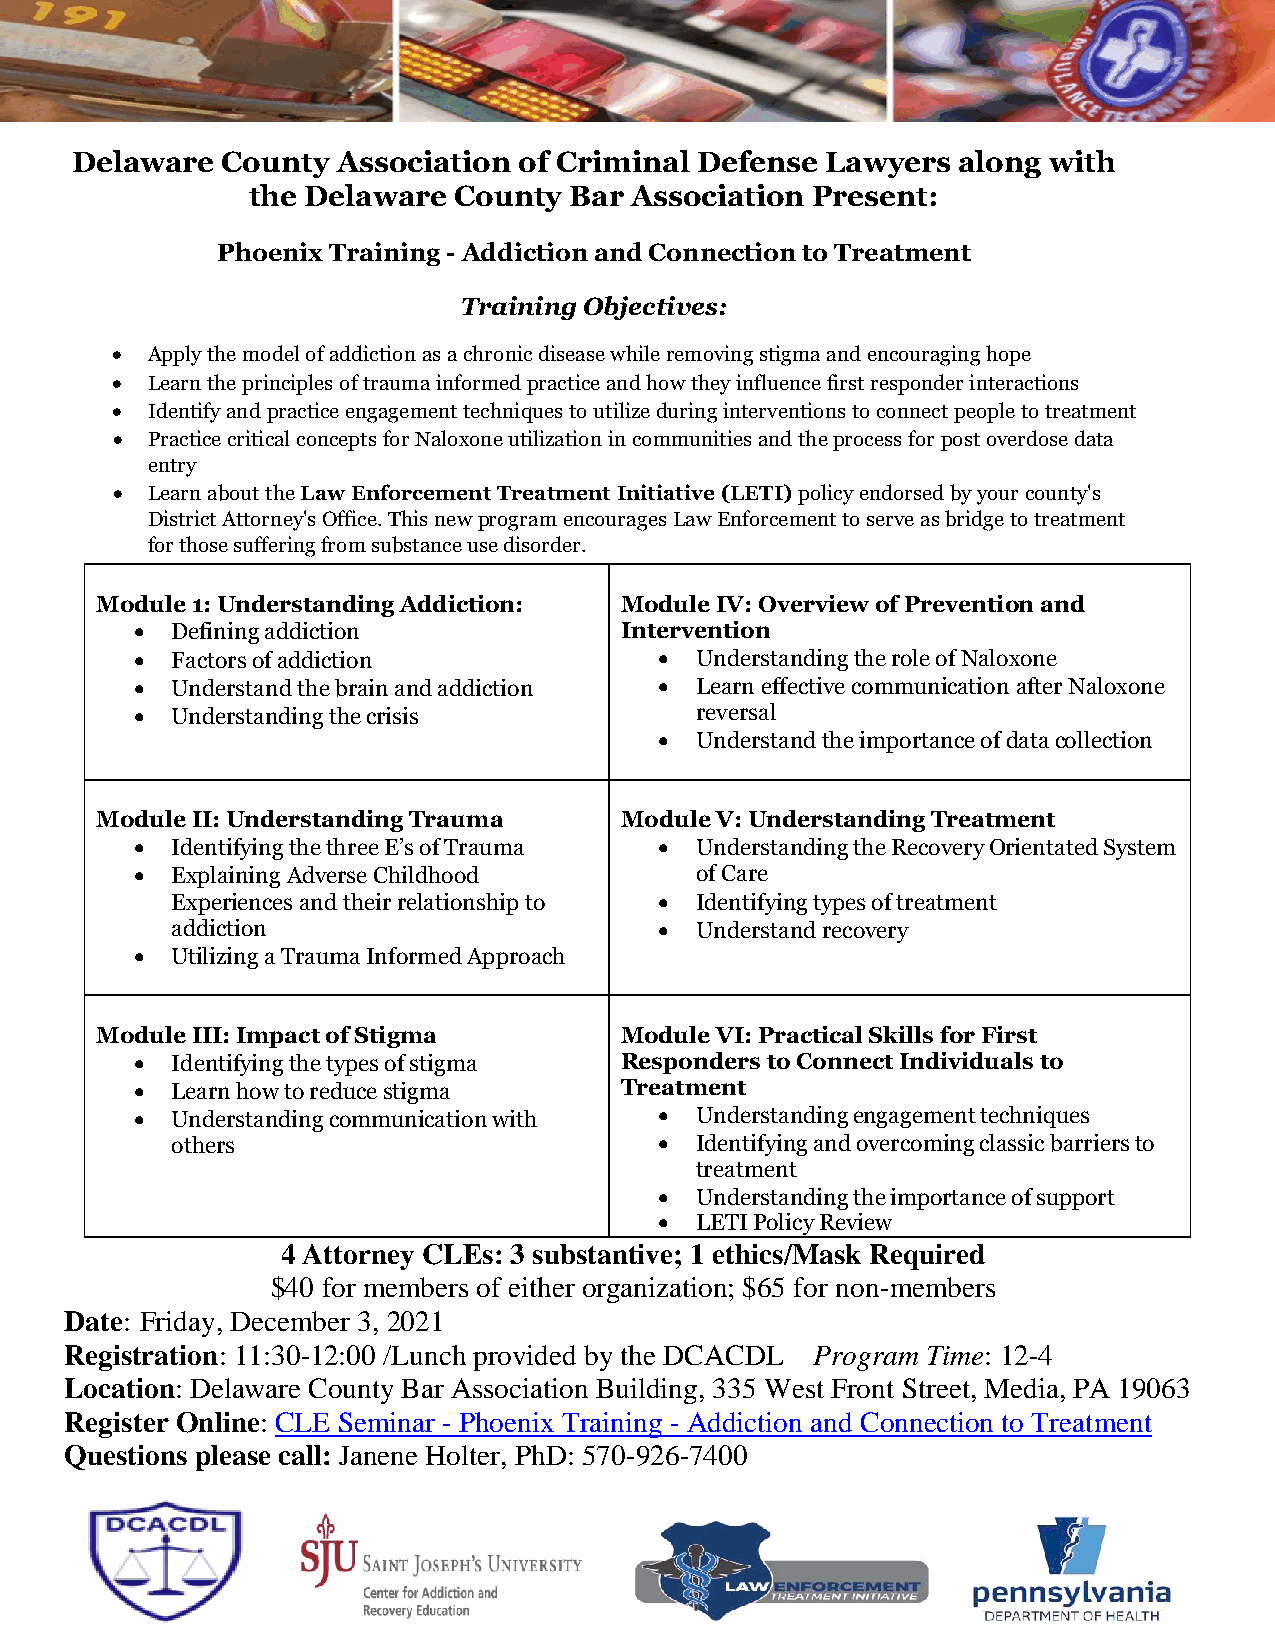
Delaware  County Association of Criminal Defense  Lawyers along with
 the Delaware  County  Bar Association Present:
 Phoenix Training - Addiction and Connection to Treatment
 Training Objectives:
   Apply the model of addiction as a chronic disease while removing stigma and encouraging hope
   Learn the principles of trauma informed practice and how they influence first responder interactions
   Identify and practice engagement techniques to utilize during interventions to connect people to treatment
   Practice critical concepts for Naloxone utilization in communities and the process for post overdose data
 entry
   Learn about the Law Enforcement Treatment Initiative (LETI) policy endorsed by your county's
 District Attorney's Office. This new program encourages Law Enforcement to serve as bridge to treatment
 for those suffering from substance use disorder.
 Module 1: Understanding Addiction: Module IV: Overview of Prevention and
  Defining addiction            Intervention
  Factors of addiction              Understanding the role of Naloxone
  Understand the brain and addiction  Learn effective communication after Naloxone
  Understanding the crisis           reversal
  Understand the importance of data collection
 Module II: Understanding Trauma    Module V: Understanding Treatment
  Identifying the three E’s of Trauma  Understanding the Recovery Orientated System
  Explaining Adverse Childhood       of Care
 Experiences and their relationship to  Identifying types of treatment
 addiction                         Understand recovery
  Utilizing a Trauma Informed Approach
 Module III: Impact of Stigma       Module VI: Practical Skills for First
  Identifying the types of stigma Responders to Connect Individuals to
  Learn how to reduce stigma    Treatment
  Understanding communication with  Understanding engagement techniques
 others                            Identifying and overcoming classic barriers to
 treatment
  Understanding the importance of support
  LETI Policy Review
 4 Attorney CLEs: 3 substantive; 1 ethics/Mask Required
 $40 for members of either organization; $65 for non-members
 Date: Friday, December 3, 2021
 Registration: 11:30-12:00 /Lunch provided by the DCACDL Program Time: 12-4
 Location: Delaware County Bar Association Building, 335 West Front Street, Media, PA 19063
 Register Online: CLE Seminar - Phoenix Training - Addiction and Connection to Treatment
 Questions please call: Janene Holter, PhD: 570-926-7400